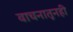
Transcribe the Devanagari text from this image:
वाचनातूनही